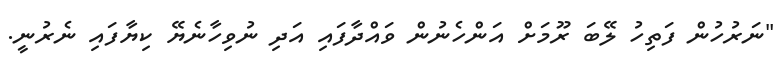
"ނަރުހުން ފަތިހު ލޭބަ ރޫމަށް އަންހެނުން ވައްދާފައި އަދި ނުވިހާނެޔޭ ކިޔާފައި ނެރުނީ.